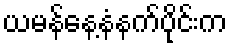
ယမန်နေ့နံနက်ပိုင်းက